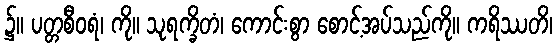
၌။ ပတ္တစီဝရံ၊ ကို။ သုရက္ခိတံ၊ ကောင်းစွာ စောင့်အပ်သည်ကို။ ကရိဿတိ၊